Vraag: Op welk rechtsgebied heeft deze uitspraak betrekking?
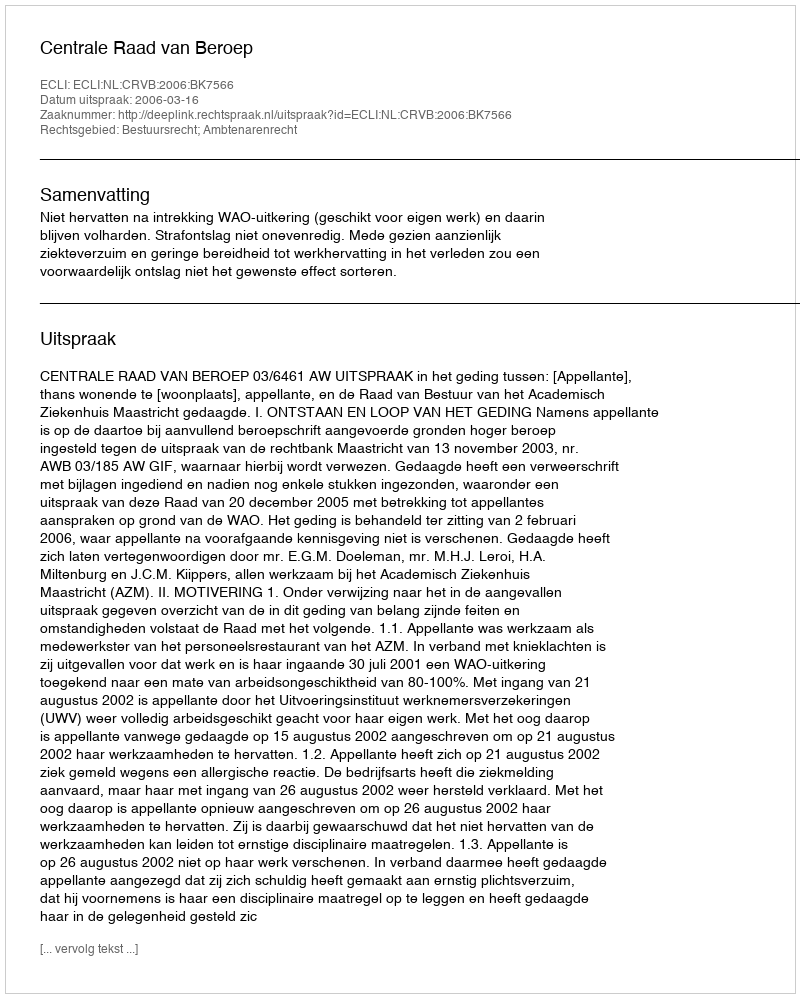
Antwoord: Bestuursrecht; Ambtenarenrecht